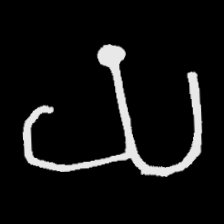
Pyu character \u2014 Myanmar letter: ယ (romanized: ya)